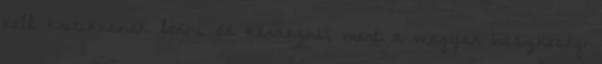
kell kritikusnak lenni és kérdezni, mert a magyar büszkeség